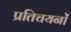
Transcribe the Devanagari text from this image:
प्रतिचयनों